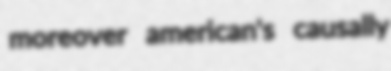
moreover american's causally